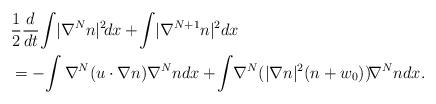
LaTeX: \begin{align*}\begin{aligned}&\frac{1}{2}\frac{d}{dt}\!\int \!|\nabla^N n|^2\! dx+\!\int \!|\nabla^{N+1} n|^2 dx\\&=-\!\int \nabla^N (u \cdot \nabla n)\nabla^N n dx+\!\int \!\nabla^{N}(|\nabla n|^2(n+w_0))\!\nabla^N ndx.\end{aligned}\end{align*}